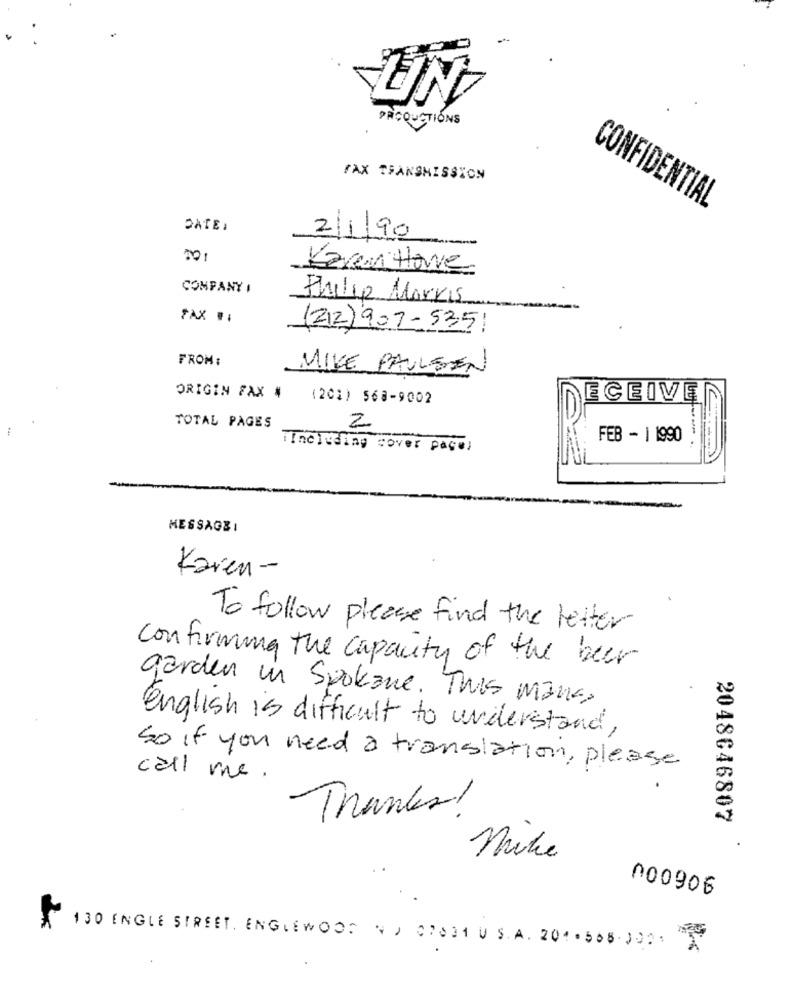
PRODUCTIONS
FAX TRANSMISSION
CONFIDENTIAL
DATE:
21/90
Karen Have
COMPANY I
Fladje Markis
FAX .:
(212) 907-5351
FROM:
MIKE PAULSEN
ORIGIN FAX #
(201) 568-9002
ECEIVE
TOTAL PAGES
2
FEB - 1 1990
¡Including cover page)
MESSAGEI
Karen-
To follow please find the letter
confirming the capacity of the beer
garden in Spokane. This mans,
english is difficult to understand,
So if you need a translation, please
call me.
Thanks!
2048646807
Mike
000906
130 ENGLE STREET. ENGLEWOOD NA 07031 US.A.201.508.302 X